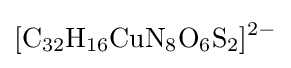
{[\mathrm {C} {\vphantom {A}}_{\smash[{t}]{32}}\mathrm {H} {\vphantom {A}}_{\smash[{t}]{16}}\mathrm {CuN} {\vphantom {A}}_{\smash[{t}]{8}}\mathrm {O} {\vphantom {A}}_{\smash[{t}]{6}}\mathrm {S} {\vphantom {A}}_{\smash[{t}]{2}}]{\vphantom {A}}^{2-}}